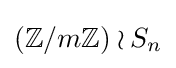
(\mathbb {Z} /m\mathbb {Z} )\wr S_{n}